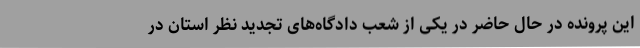
این پرونده در حال حاضر در یکی از شعب دادگاه‌های تجدید نظر استان در